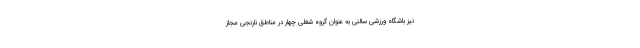
نیز باشگاه ورزشی سالنی به عنوان گروه شغلی چهار در مناطق نارنجی مجاز